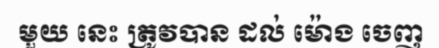
មួយ នេះ ត្រូវបាន ដល់ ម៉ោង ចេញ